Lunatic asylums Burma 1907-21 - 1907-1921
Year: 1907
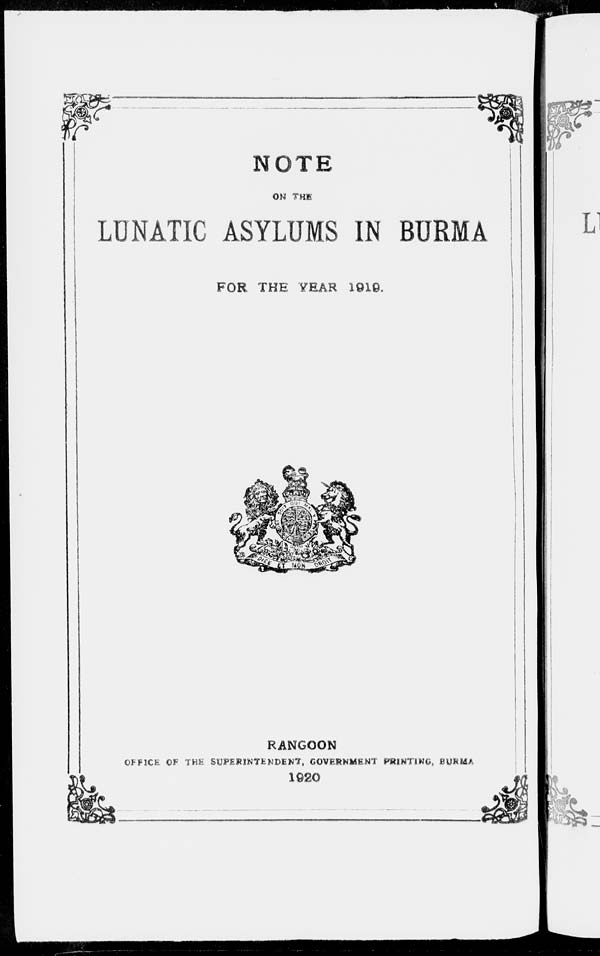
NOTE
ON THE
LUNATIC ASYLUMS IN BURMA
FOR THE YEAR 1919.
RANGOON
OFFICE OF THE SUPERINTENDENT, GOVERNMENT PRINTING, BURMA
1920